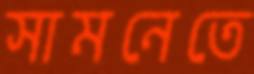
সামনেতে